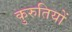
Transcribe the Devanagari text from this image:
कुरुतियों